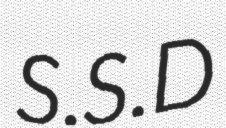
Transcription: S.S.D